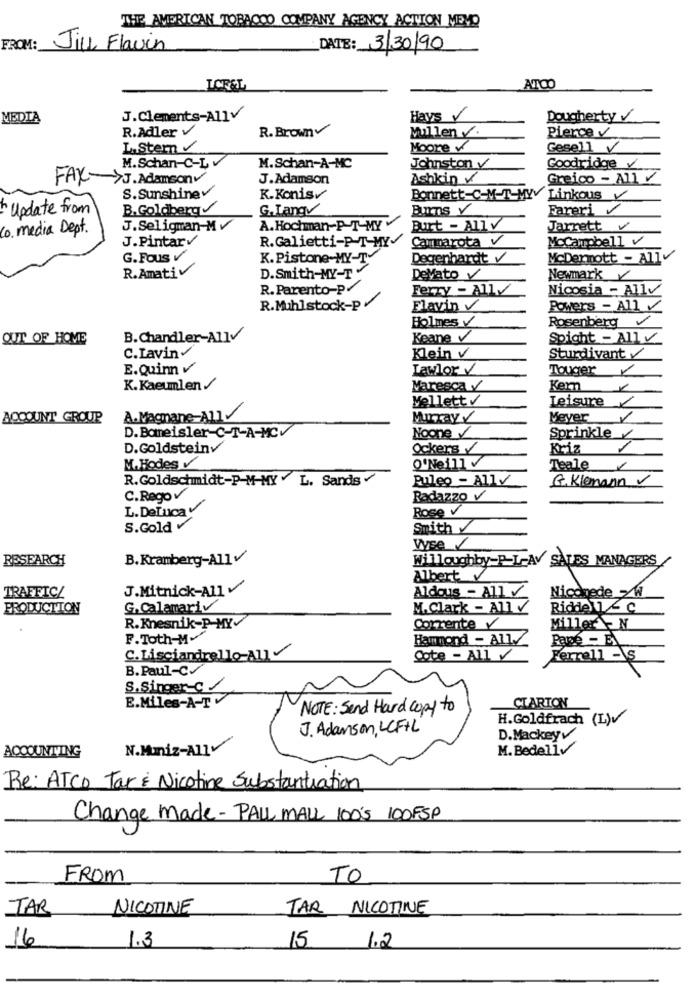
THE AMERICAN TOBACCO COMPANY AGENCY ACTION MEMO
FROM:
Jill Flavin
DATE: 3/30/90
ATOO
MEDIA
J.Clements-AllV
Hays
DoughertyV
R.Adler v
R.Brown
Pierce V
Mullen V.
L. Stem
Moore v
Gesell V
M.Schan-C-Lv
M.Schan-A-MC
Johnston y
Goodridge V
FAX->J. Adamson
J.Adamson
Ashkin /
Greico - All V
S.Sunshinev
K.Konis
Bonnett-C-M-T-MY Linkous
Update from
B. Goldberg
G.LangV
BUTTS V
Fareri
Co. media Dept.
J. Seligman-M
A.Hochman-P-T-MY v
Burt - All V
Jarrett v
J.Pintarv
R.Galietti-P-T-MY.
Cammarota V
MoCampbell_v
G.Fous v
K.Pistone-MY-T
Degenhardt y
McDermott - Allv
R.AmatiV
D.Smith-MY-T'
DeVato V
Newmark
R.Parento-P-
Ferry - Ally
Nicosia - Allv
R.Muhlstock-p/
Flavin
Powers - All
Holmes V
Rosenberg
OUT OF HOME
B.Chandler-AllV
Keane V
Spight - All v
C.Lavin
Klein v
Sturdivant
E.Quin v
Lawlor
Touger
K.Kaeumlen/
Maresca y
Kern
Mellett
Leisure
ACCOUNT GROUP
A.Magnane-A11
Murray
Meyer
D.Bameisler-C-T-A-MCV
Noone
Sprinkle
D.Goldsteinv
Ockers /
Kriz
1
M.Hodes
O'Neill
Teale
R.Goldschmidt-P-M-MY . L. Sands .
Puleo - Ally
G. Klemann
C.Rego
Radazzo V
L. DeLuca
Rose V
S.GoldV
Smith
Vyse
RESEARCH
B.Kramberg-AllV/
Willoughby-P-L-AV SALES MANAGERS
Albert
J.Mitnick-Allv
Aldous - All
Niconede >W
TRAFFIC/
PRODUCTION
G.Calamariv
M.Clark - ATIV
Riddell - C
R.Knesnik-P-MY-
Corrente
Miller - N
F.Toth-M-
Hammond - All./
Parce - EL
C.Lisciandrello AU
Cote - All
Ferrell -\S
B. Paul-C
S.Singer-c
E.Miles-A-TV
CIARTON
NOTE: Send Hard copy to
H.Goldfrach (L)v
J. Adamson, LCF+L
D.Mackeyv
N.Maniz-All
M. Bedellv
ACCOUNTING
Re: ATCO Tar & Nicotine Substantiation
Change made - PALL MALL 100'S 100FSP
FROM
TO
TAR
NICOTINE
TAR NICOTINE
16
1.3
15
1.2